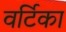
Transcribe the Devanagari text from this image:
वर्टिका